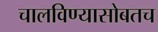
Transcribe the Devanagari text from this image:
चालविण्यासोबतच